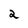
Character: 2